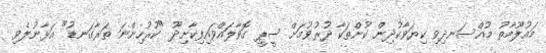
މައުލޫމާތު މުއްސަނދިވި ކިޔަވާކުދިން ކުށްތަކާ ދުރުވުމަށް ސީޕީ ގޮވާލައްވައިފިކާށިދޫ "ކުރުހިންނަ ތަރާގަނޑު" އަޅާނުލެވި